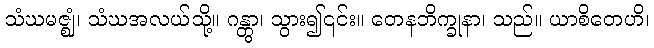
သံဃမဇ္ဈံ၊ သံဃအလယ်သို့။ ဂန္တွာ၊ သွား၍၎င်း။ တေနဘိက္ခုနာ၊ သည်။ ယာစိတေဟိ၊